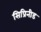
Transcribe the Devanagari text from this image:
सिप्रिनीड